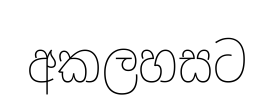
අකලහසට